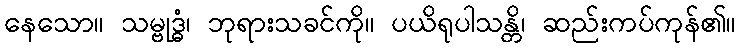
နေသော။ သမ္ဗုဒ္ဓံ၊ ဘုရားသခင်ကို။ ပယိရုပါသန္တိ၊ ဆည်းကပ်ကုန်၏။